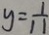
y = \frac { 1 } { 1 1 }